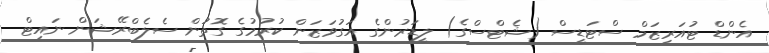
އެންޑް ޓުއަރިޒަމް ސްޓަޑީސް (ޝެޓްސްގެ) ލީޑަރުންގެ އަގުވަޒަން ކުރުމުގެ ގޮތުން ސެލެބްރޭޝަން ނައިޓް